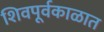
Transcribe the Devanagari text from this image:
शिवपूर्वकाळात